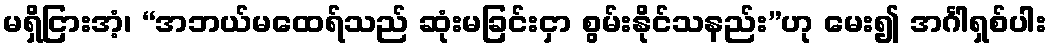
မရှိငြားအံ့၊ “အဘယ်မထေရ်သည် ဆုံးမခြင်းငှာ စွမ်းနိုင်သနည်း”ဟု မေး၍ အင်္ဂါရှစ်ပါး